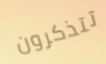
تتذكرون